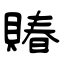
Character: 賰